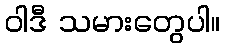
ဝါဒီ သမားတွေပါ။